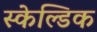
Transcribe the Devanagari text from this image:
स्केल्डिक